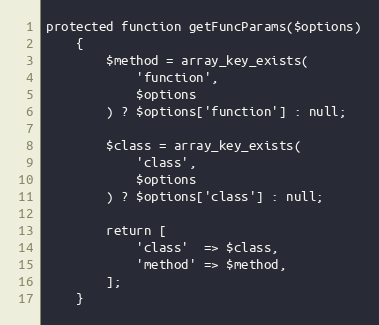
Language: PHP
protected function getFuncParams($options)
    {
        $method = array_key_exists(
            'function',
            $options
        ) ? $options['function'] : null;

        $class = array_key_exists(
            'class',
            $options
        ) ? $options['class'] : null;

        return [
            'class'  => $class,
            'method' => $method,
        ];
    }